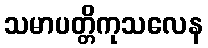
သမာပတ္တိကုသလေန